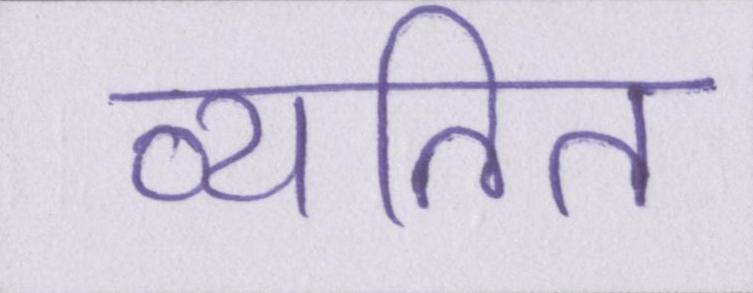
व्यतित